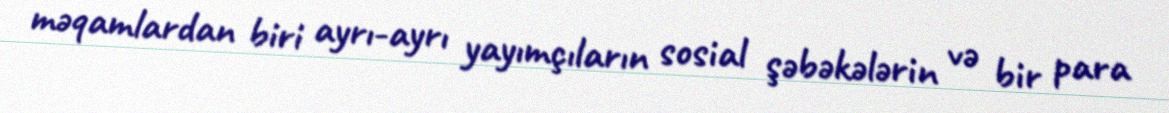
məqamlardan biri ayrı-ayrı yayımçıların sosial şəbəkələrin və bir para